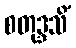
စတုဒ္ဒသိံ